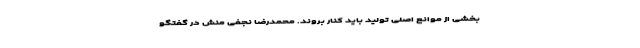
بخشی از موانع اصلی تولید باید کنار بروند. محمدرضا نجفی منش در گفتگو